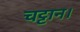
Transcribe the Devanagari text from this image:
चट्टान।